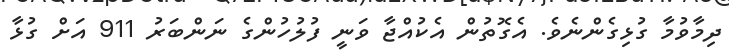
ދިމާވުމާ ގުޅިގެންނެވެ. އެގޮތުން އެކުއްޖާ ވަނީ ފުލުހުންގެ ނަންބަރު 911 އަށް ގުޅާ